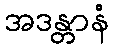
အဒန္တာနံ